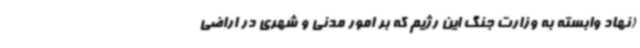
(نهاد وابسته به وزارت جنگ این رژیم که بر امور مدنی و شهری در اراضی